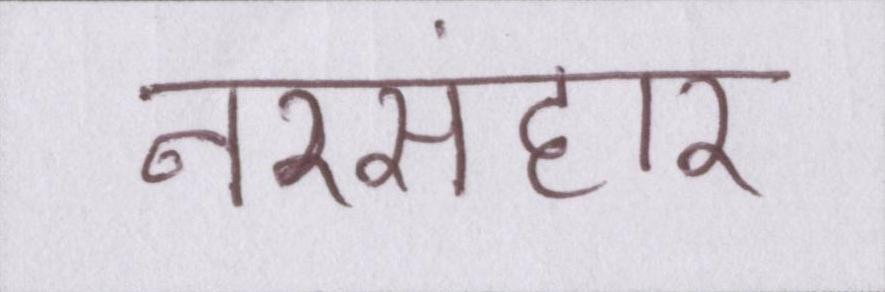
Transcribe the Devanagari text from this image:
नरसंहार